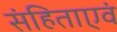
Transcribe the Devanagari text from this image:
संहिताएवं